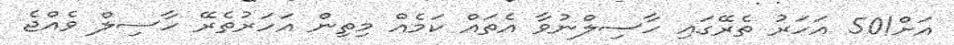
އަށް!50 އަހަރު ތެރޭގައި ހާސިލްނުވާ އެތައް ކަމެއް މިތިން އަހަރުތެރޭ ހާސިލް ވެއްޖެ